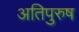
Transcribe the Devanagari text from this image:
अतिपुरुष